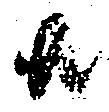
共